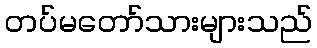
တပ်မတော်သားများသည်